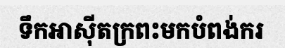
ទឹកអាស៊ីតក្រពះមកបំពង់ករ